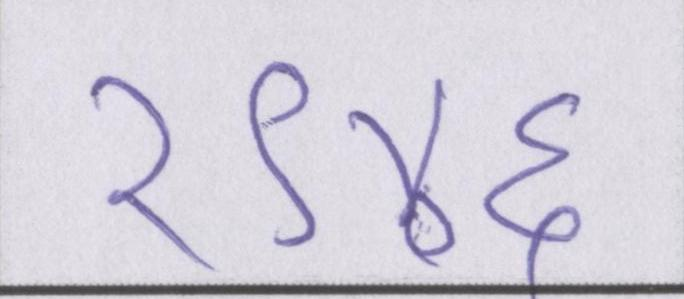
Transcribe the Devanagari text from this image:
१९४६